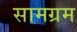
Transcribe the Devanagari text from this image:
सामग्रम